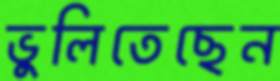
ভুলিতেছেন